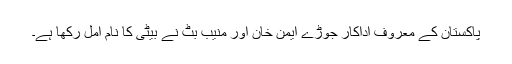
پاکستان کے معروف اداکار جوڑے ایمن خان اور منیب بٹ نے بیٹی کا نام امل رکھا ہے۔